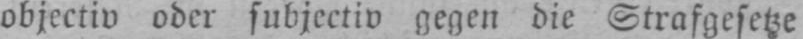
objectiv oder subjectiv gegen die Strafgesetze